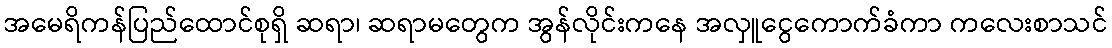
အမေရိကန်ပြည်ထောင်စုရှိ ဆရာ၊ ဆရာမတွေက အွန်လိုင်းကနေ အလှူငွေကောက်ခံကာ ကလေးစာသင်